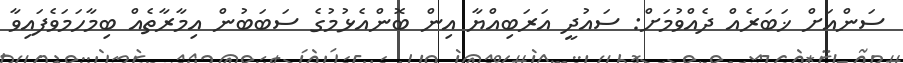
ސަންއަށް ޚަބަރެއް ދެއްވުމަށް: ސައުދީ އަރަބިއްޔާ އިން ބޮންއެޅުމުގެ ސަބަބުން އިމާރާތެއް ބިމާހަމަވެފައިވާ